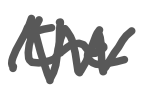
Text: the
Cross-out: zig-zag
Writing tool: digital_gray